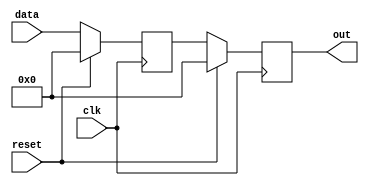
module synchronous_reset_example (
    input wire clk,        // Clock signal
    input wire reset,      // Synchronous reset signal
    input wire [7:0] data, // Example input data
    output reg [7:0] out   // Example output data
);

// Internal state variable
reg [7:0] state;

// Always block for synchronous operation
always @(posedge clk) begin
    if (reset) begin
        // Reset the state variable to its initial value
        state <= 8'b0; // or any specific reset state
        out <= 8'b0;   // Reset output as well
    end else begin
        // Normal operation logic
        state <= data; // Example operation: update state with input data
        out <= state;  // Example output assignment
    end
end

endmodule